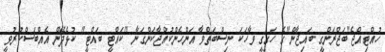
ހުއްޓިއްޖެ"ބަޖްރަންގީ ބައިޖާން"ގެ ހަގީގީ ވާހަކަ ނިސްބަތްވާ އަންހެންކުއްޖާކަންގަނާ "ކައްޓީ ބައްޓީ" ކުޅެދޭން އެއްބަސްކުރުވީ